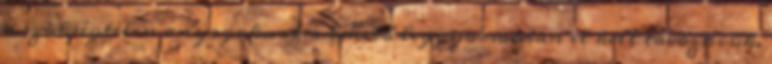
a szükségtelen anyagoknak a lehető leggyorsabban el kell távozniuk.